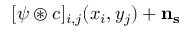
[ \psi \circledast c ] _ { i , j } ( x _ { i } , y _ { j } ) + \bf n _ { s }